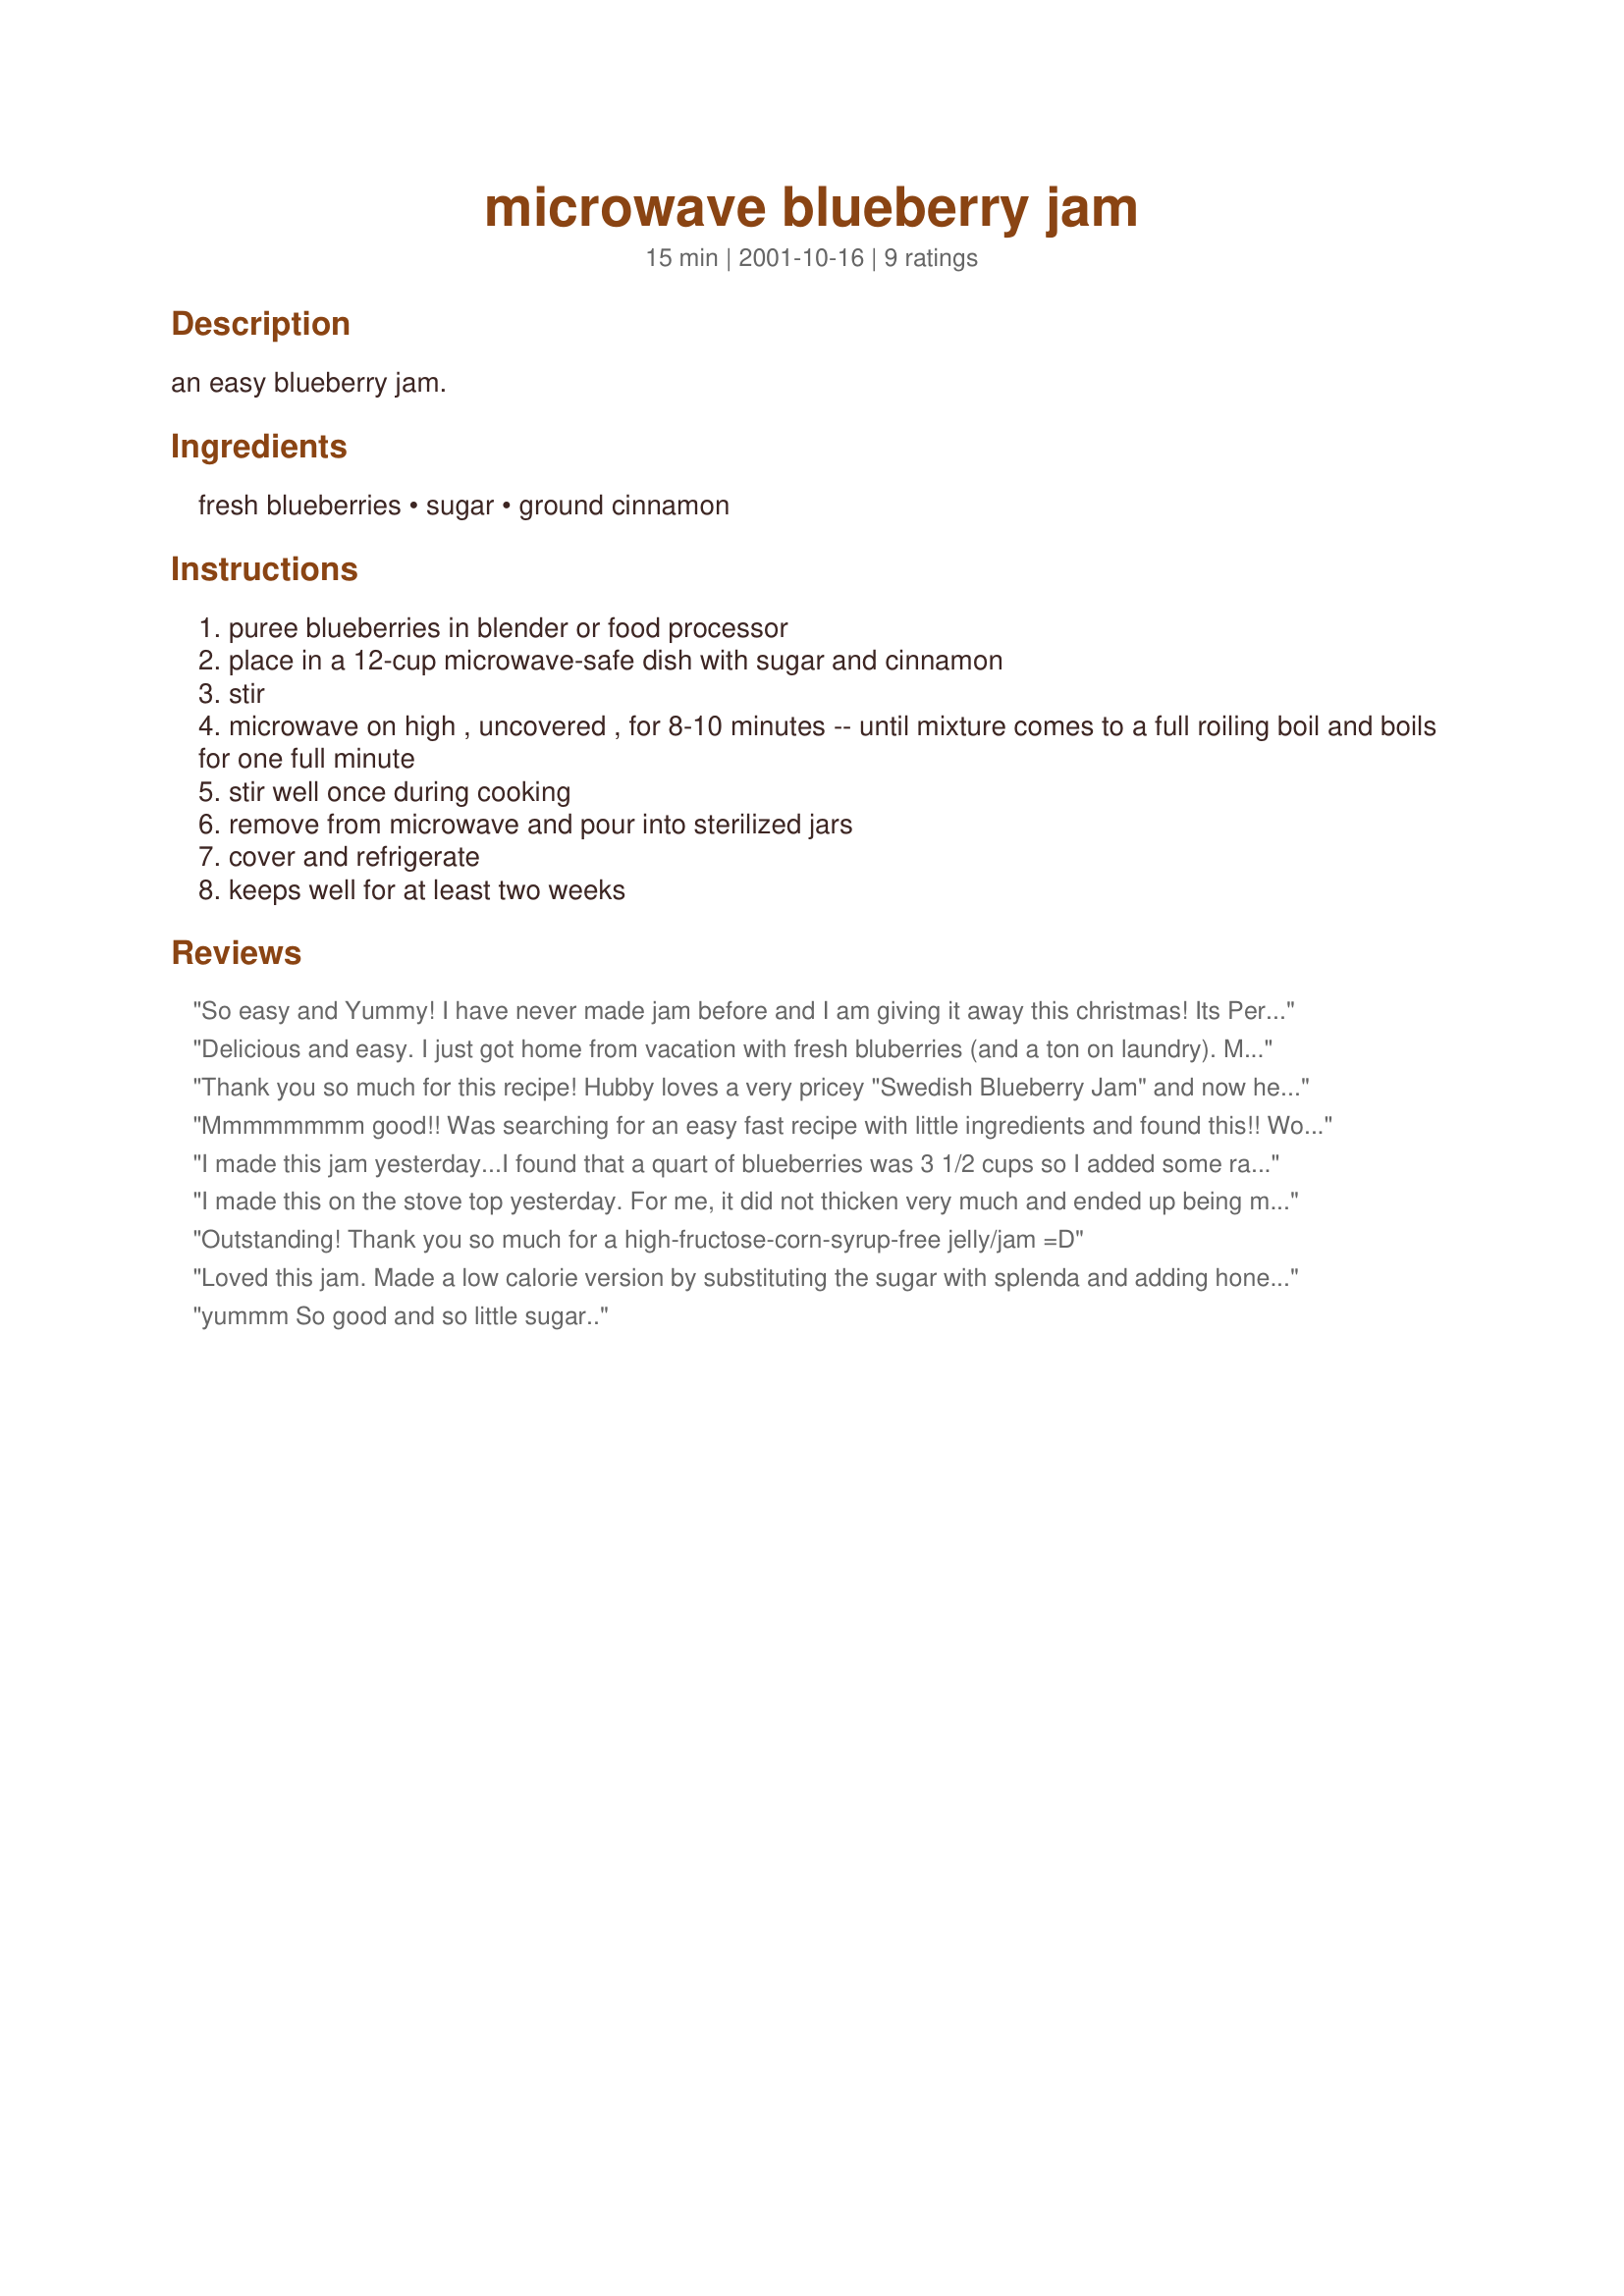
microwave blueberry jam
Preparation time: 15 minutes

an easy blueberry jam.

Ingredients:
fresh blueberries, sugar, ground cinnamon

Steps:
puree blueberries in blender or food processor
place in a 12-cup microwave-safe dish with sugar and cinnamon
stir
microwave on high , uncovered , for 8-10 minutes -- until mixture comes to a full roiling boil and boils for one full minute
stir well once during cooking
remove from microwave and pour into sterilized jars
cover and refrigerate
keeps well for at least two weeks

Reviews:
So easy and Yummy! I have never made jam before and I am giving it away this christmas! Its Perfect Thanks
Delicious and easy. I just got home from vacation with fresh bluberries (and a ton on laundry). My husband could not beleive I made jam before he could get done with the yard work. Thanks Lennie for a great recipe. I used the berries whole and it is wonderful. I will be making this again.
Thank you so much for this recipe! Hubby loves a very pricey "Swedish Blueberry Jam" and now he actually likes this better. Little does he know I used a third cup of Splenda for Baking instead of the called for sugar. Otherwise,I followed the recipe as written. This also makes a terrific ice cream topping.
Mmmmmmmm good!! Was searching for an easy fast recipe with little ingredients and found this!! Wow!! The only change I made was to use Splenda (a little less than 1/2 cup) and I would even use less next time as fresh blueberries are already so sweet! I also didn't puree the blueberries as I wanted some texture to the jam! Thanks :)
I made this jam yesterday...I found that a quart of blueberries was 3 1/2 cups so I added some rasberries. Otherwise stuck to the recipe and let me tell you it was fantastic. I live alone and this made just the right amount for a jam jar...so easy that I wont have to buy the high priced spreads anymore..now Im dying to try adding different spices or perhaps some wine or brandy...anyway, this is sooo perfect as is I am most happy!!
I made this on the stove top yesterday. For me, it did not thicken very much and ended up being more of a blueberry sauce than a jam. I'm not sure if this is because I made it on the stove top or what. Regardless, we had it on pancakes tonight, and it was delicious. I'm almost glad it turned out thinner than I expected because it made a really awesome syrup.
Outstanding! Thank you so much for a high-fructose-corn-syrup-free jelly/jam =D
Loved this jam. Made a low calorie version by substituting the sugar with splenda and adding honey for some extra sweetness.
yummm So good and so little sugar..
